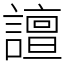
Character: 譠